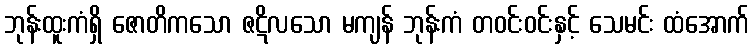
ဘုန်းထူးကံရှိ ဇောတိကသော ဇဋိလသော မကျန် ဘုန်းကံ တဝင်းဝင်းနှင့် သေမင်း ထံအောက်